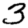
Digit: 3